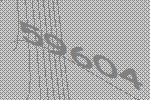
59604